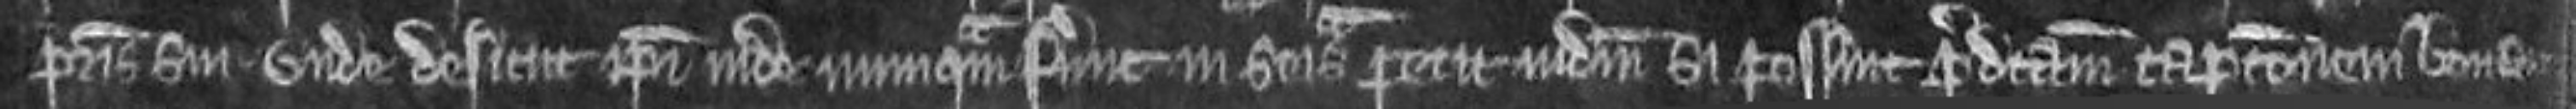
patris sui unde desicut ipsi inde numquam fuerunt in seisina petit judicium si possint predictam capcionem bonam